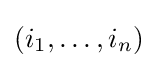
(i_{1},\dots ,i_{n})